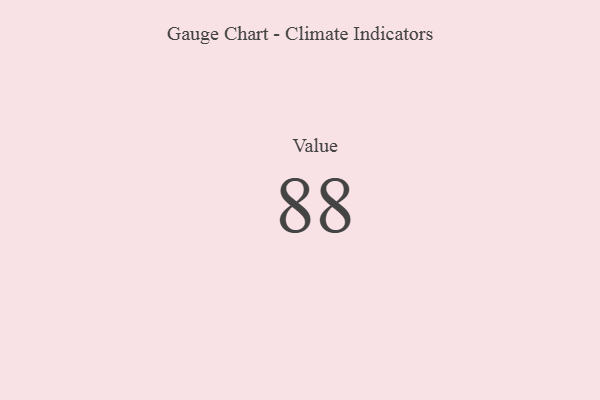
{"axis": {"x": "Metric", "y": "Value"}, "legend": [""], "data": [{"x": "Value", "y": 88, "type": ""}]}